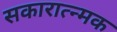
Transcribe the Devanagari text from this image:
सकारात्न्मक